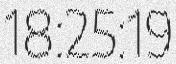
18:25:19